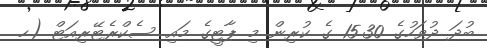
ބުދަ ދުވަހުގެ 15.30 ގެ ކުރިން މި ޕާޓީގެ މައި ސެކްރެޓޭރިއަޓް (ހ.